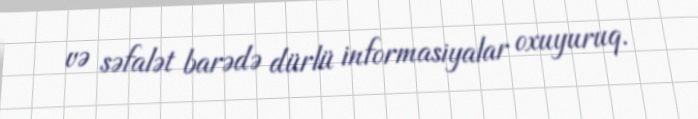
və səfalət barədə dürlü informasiyalar oxuyuruq.